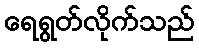
ရေရွတ်လိုက်သည်